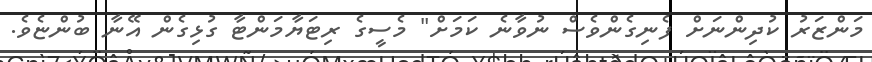
މަންޒަރު ކުދިންނަށް ފެނިގެންވެސް ނުވާނެ ކަމަށް" މެސީގެ ރިޓަޔާމަންޓާ ގުޅިގެން އޭނާ ބުންޏެވެ.